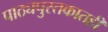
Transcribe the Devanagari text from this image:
पाठ्यपुस्तकातही